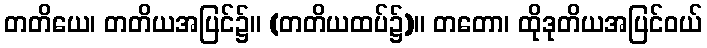
တတိယေ၊ တတိယအပြင်၌။ (တတိယထပ်၌)။ တတော၊ ထိုဒုတိယအပြင်ဝယ်